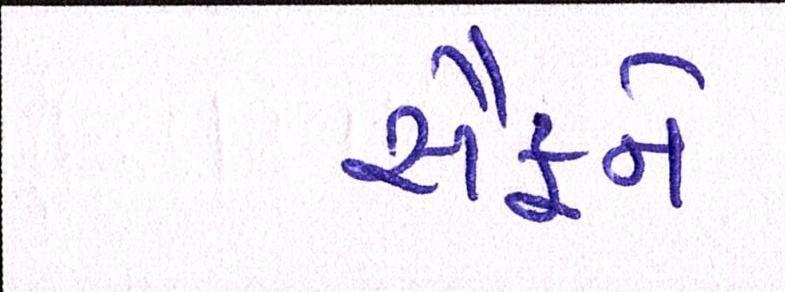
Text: સૈફને